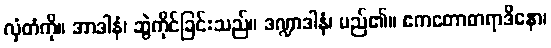
လှံတံကို။ အာဒါနံ၊ ဆွဲကိုင်ခြင်းသည်။ ဒဏ္ဍာဒါနံ၊ မည်၏။ ဧကတောဓာရာဒိနော၊